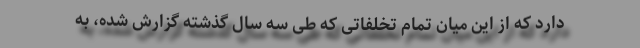
دارد که از این میان تمام تخلفاتی که طی سه سال گذشته گزارش شده، به